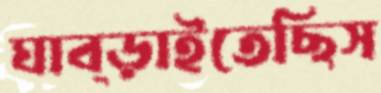
ঘাব্‌ড়াইতেছিস